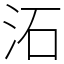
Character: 沰